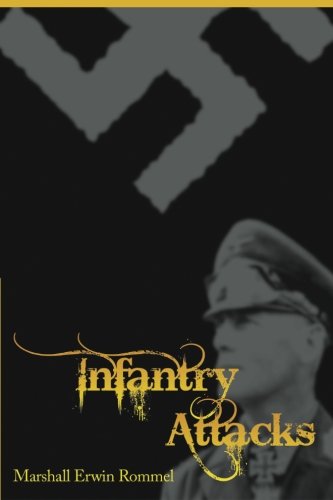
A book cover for Infantry Attacks; Marshall Erwin Rommel; History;